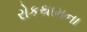
રોકથામના